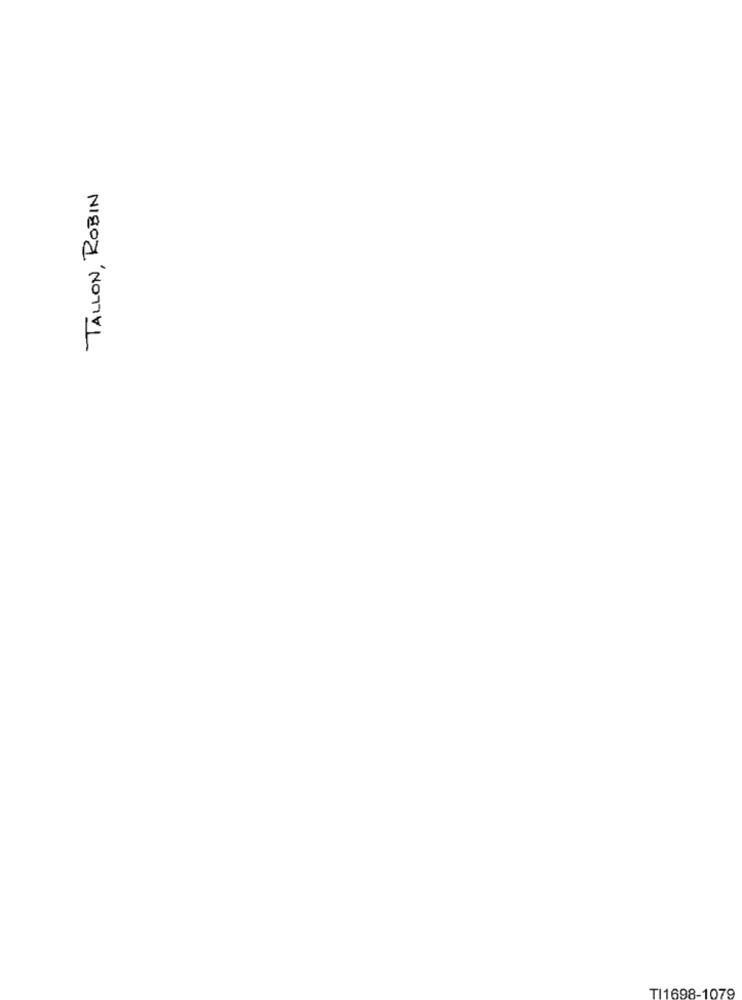
TALLON, ROBIN
TI1698-1079